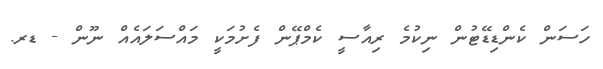
ހަސަން ކެންޑިޑޭޓުން ނިކުމެ ރިއާސީ ކެމްޕޭން ފެށުމަކީ މައްސަލައެއް ނޫން - ޑރ.